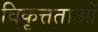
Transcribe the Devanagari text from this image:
विकृत्तताओं